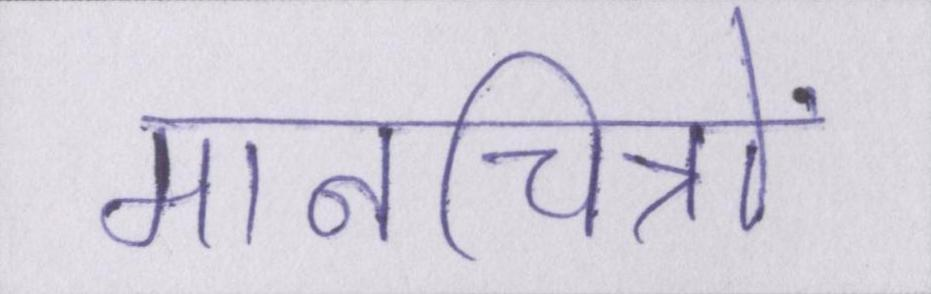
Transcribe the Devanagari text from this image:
मानचित्रों